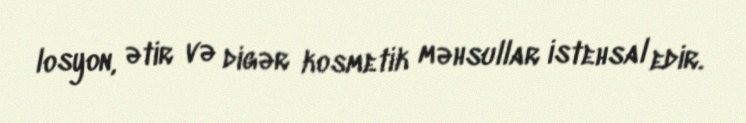
losyon, ətir və digər kosmetik məhsullar istehsal edir.